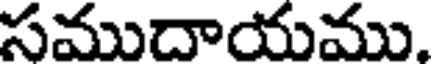
సముదాయము.